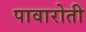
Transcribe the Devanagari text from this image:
पावारोती